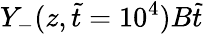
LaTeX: Y_{-}(z,\tilde{t}=10^{4})B\tilde{t}